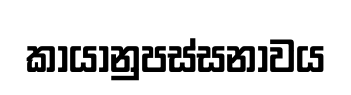
කායානුපස්සනාවය